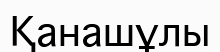
Қанашұлы